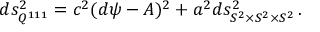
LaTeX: d s _ { Q ^ { 1 1 1 } } ^ { 2 } = c ^ { 2 } ( d \psi - { \cal A } ) ^ { 2 } + a ^ { 2 } d s _ { S ^ { 2 } \times S ^ { 2 } \times S ^ { 2 } } ^ { 2 } \, .